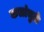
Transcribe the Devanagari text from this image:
कलांमुळे